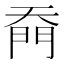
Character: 𭑙